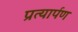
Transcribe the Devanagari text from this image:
प्रत्‍यार्पण